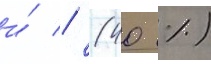
и́ // (40 %)